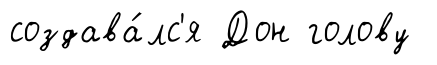
создава́лс'я Дон голову